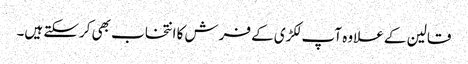
قالین کے علاوہ آپ لکڑی کے فرش کا انتخاب بھی کرسکتے ہیں۔